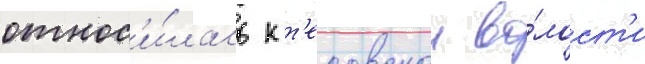
относ'и́лась к т'есовскои во́лост'и